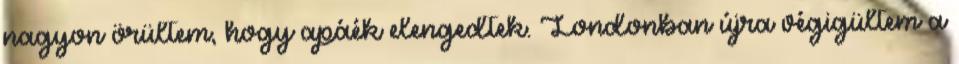
nagyon örültem, hogy apáék elengedtek. Londonban újra végigültem a